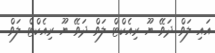
އައި ލަވް ދަވޭ ޔޫ ރިއެކްޓް ލަވް ދަވޭ ޔޫ ރިއެކްޓް ލަވް